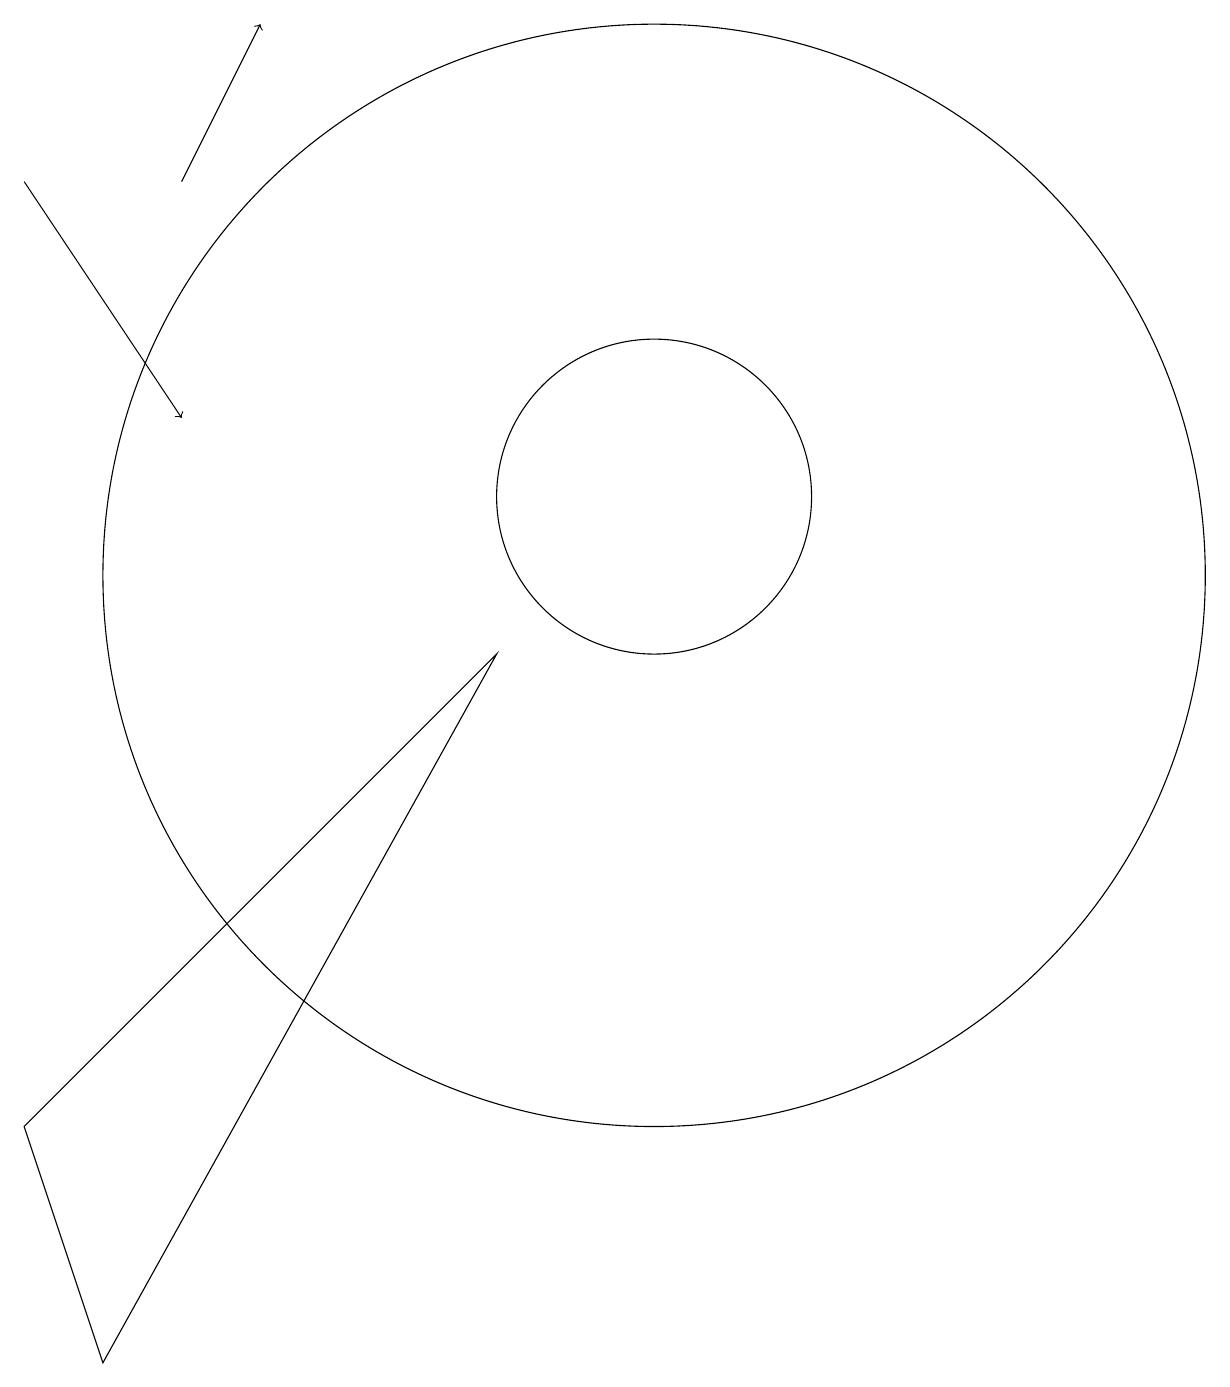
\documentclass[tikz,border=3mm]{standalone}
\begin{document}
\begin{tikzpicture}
\draw[->] (4,15) -- (5,17);
\draw (2,3) -- (3,0) -- (8,9) -- cycle;
\draw (10,10) circle (7);
\draw[->] (2,15) -- (4,12);
\draw (10,11) circle (2);
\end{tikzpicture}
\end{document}